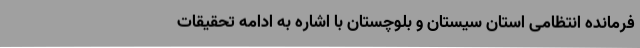
فرمانده انتظامی استان سیستان و بلوچستان با اشاره به ادامه تحقیقات